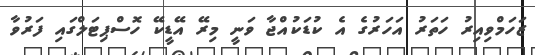
ޒަހަމްވިއިރު ހަތަރު އަހަރުގެ އެ ކުޑަކުއްޖާ ވަނީ މިރޭ އޭޑީކޭ ހޮސްޕިޓަލްގައި ފަރުވާ